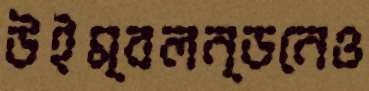
উইম্বলন্ডনেও